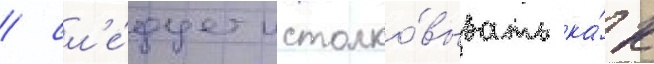
/ сл'е́дует истолко́вывать ка́к